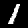
Digit: 1